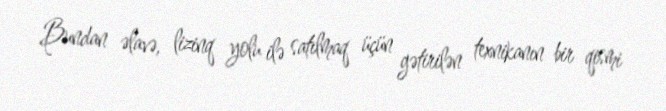
Bundan əlavə, lizinq yolu ilə satılmaq üçün gətirilən texnikanın bir qismi